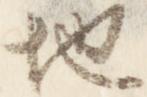
地